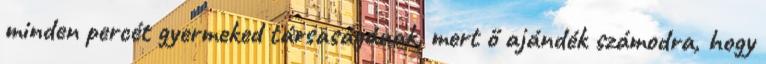
minden percét gyermeked társaságának, mert ő ajándék számodra, hogy